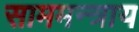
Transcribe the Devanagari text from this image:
साममन्त्राय